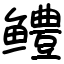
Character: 鳢